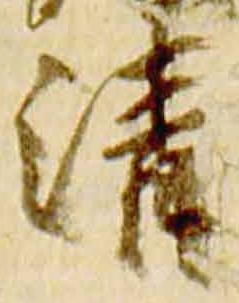
清